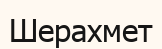
Шерахмет